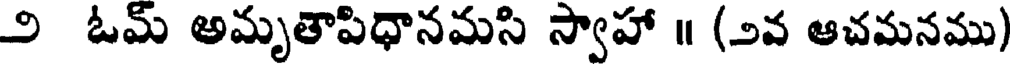
౨ ఓమ్ అమృతాపిధానమసి స్వాహా ॥ (౨వ ఆచమనము)